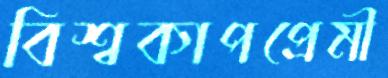
বিশ্বকাপপ্রেমী